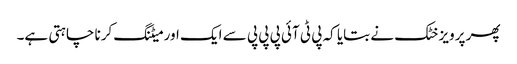
پھر پرویز خٹک نے بتایا کہ پی ٹی آئی پی پی پی سے ایک اور میٹنگ کرنا چاہتی ہے۔